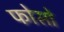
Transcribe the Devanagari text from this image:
फोसो